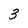
Character: 3